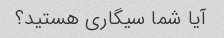
آیا شما سیگاری هستید؟